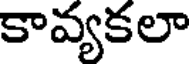
కావ్యకలా